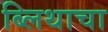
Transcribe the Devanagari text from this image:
ब्लिथाचा